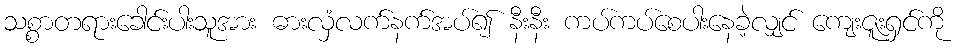
သစ္စာတရားခေါင်းပါးသူအား ဓားလှံလက်နက်အပ်၍ နီးနီး ကပ်ကပ်စေပါးနေခဲ့လျှင် ကျေးဇူးရှင်ကို